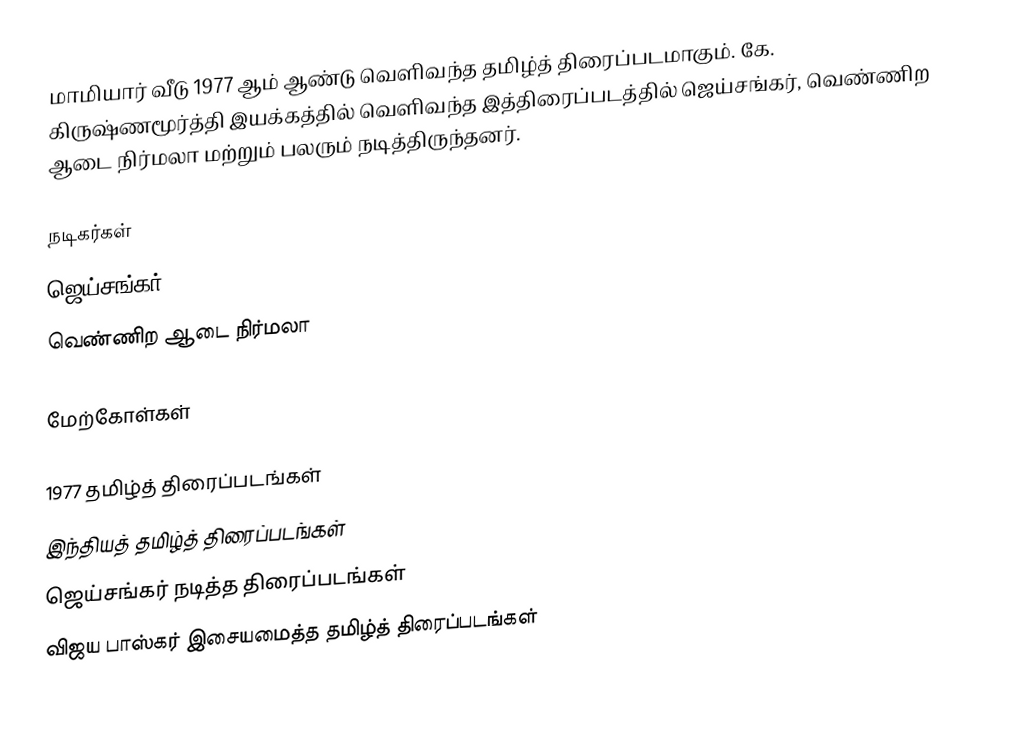
மாமியார் வீடு 1977 ஆம் ஆண்டு வெளிவந்த தமிழ்த் திரைப்படமாகும். கே. கிருஷ்ணமூர்த்தி இயக்கத்தில் வெளிவந்த இத்திரைப்படத்தில் ஜெய்சங்கர், வெண்ணிற ஆடை நிர்மலா மற்றும் பலரும் நடித்திருந்தனர்.

நடிகர்கள்
 ஜெய்சங்கர்
 வெண்ணிற ஆடை நிர்மலா

மேற்கோள்கள்

1977 தமிழ்த் திரைப்படங்கள்
இந்தியத் தமிழ்த் திரைப்படங்கள்
ஜெய்சங்கர் நடித்த திரைப்படங்கள்
விஜய பாஸ்கர் இசையமைத்த தமிழ்த் திரைப்படங்கள்